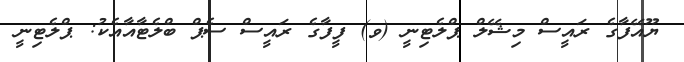
ޔޫއޭފާގެ ރައީސް މިޝޭލް ޕްލެޓިނީ (ވ) ފީފާގެ ރައީސް ސެޕް ބްލެޓާއާއެކު: ޕްލެޓިނީ